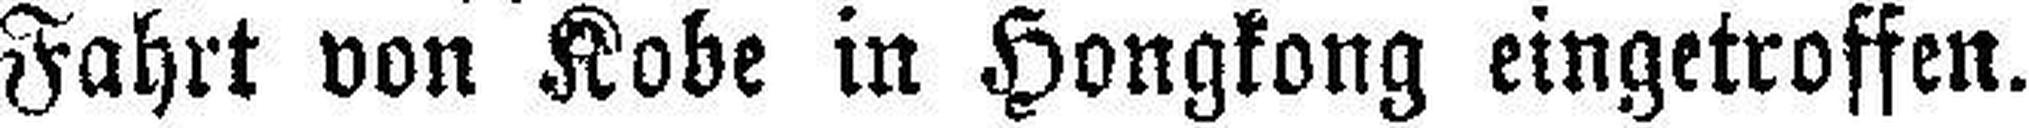
Fahrt von Kobe in Hongkong eingetroffen.